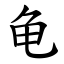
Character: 龟